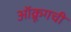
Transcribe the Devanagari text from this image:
ऑक्रूगची